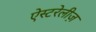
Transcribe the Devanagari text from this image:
ऐस्टरेलीज़